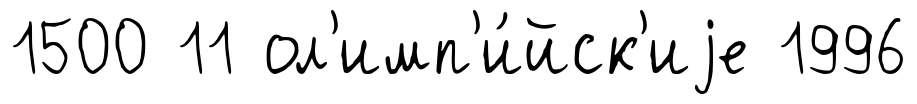
1500 11 ол'имп'и́йск'иjе 1996